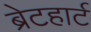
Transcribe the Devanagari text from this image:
ब्रेटहार्ट